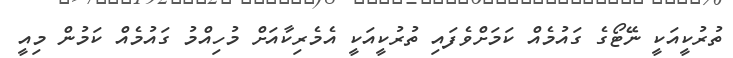
ތުރުކީއަކީ ނޭޓޯގެ ގައުމެއް ކަމަށްވެފައި ތުރުކީއަކީ އެމެރިކާއަށް މުހިއްމު ގައުމެއް ކަމުން މިއީ